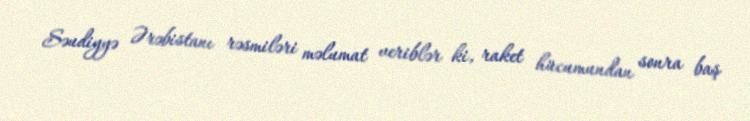
Səudiyyə Ərəbistanı rəsmiləri məlumat veriblər ki, raket hücumundan sonra baş